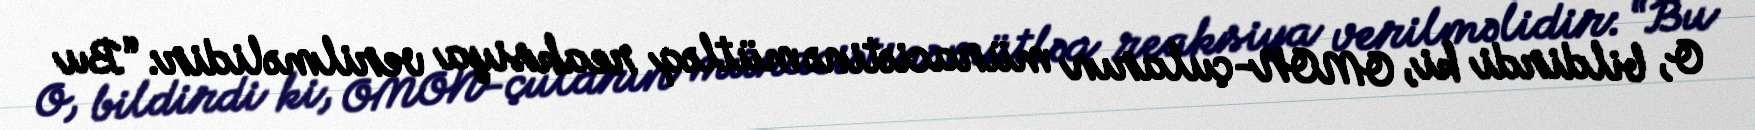
O, bildirdi ki, OMON-çuların müraciətinə mütləq reaksiya verilməlidir: “Bu